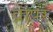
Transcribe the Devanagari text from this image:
व्रापर